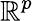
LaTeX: \mathbb{R}^{p}